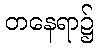
တနေရာ၌